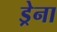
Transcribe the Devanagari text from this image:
ड्रेना